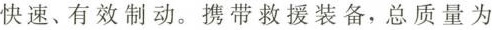
快速、有效制动。携带救援装备，总质量为